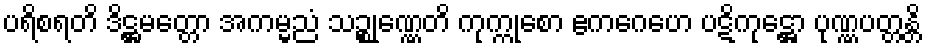
ပရိစရတိ ဒိဋ္ဌမတ္တော အကမ္မညံ သဉ္စုဏ္ဏေတိ ကုက္ကုစော ဧကဂေဟေ ပဋိကုဋ္ဌော ပုဏ္ဏပတ္တန္တိ